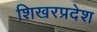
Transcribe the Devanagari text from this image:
शिखरप्रदेश